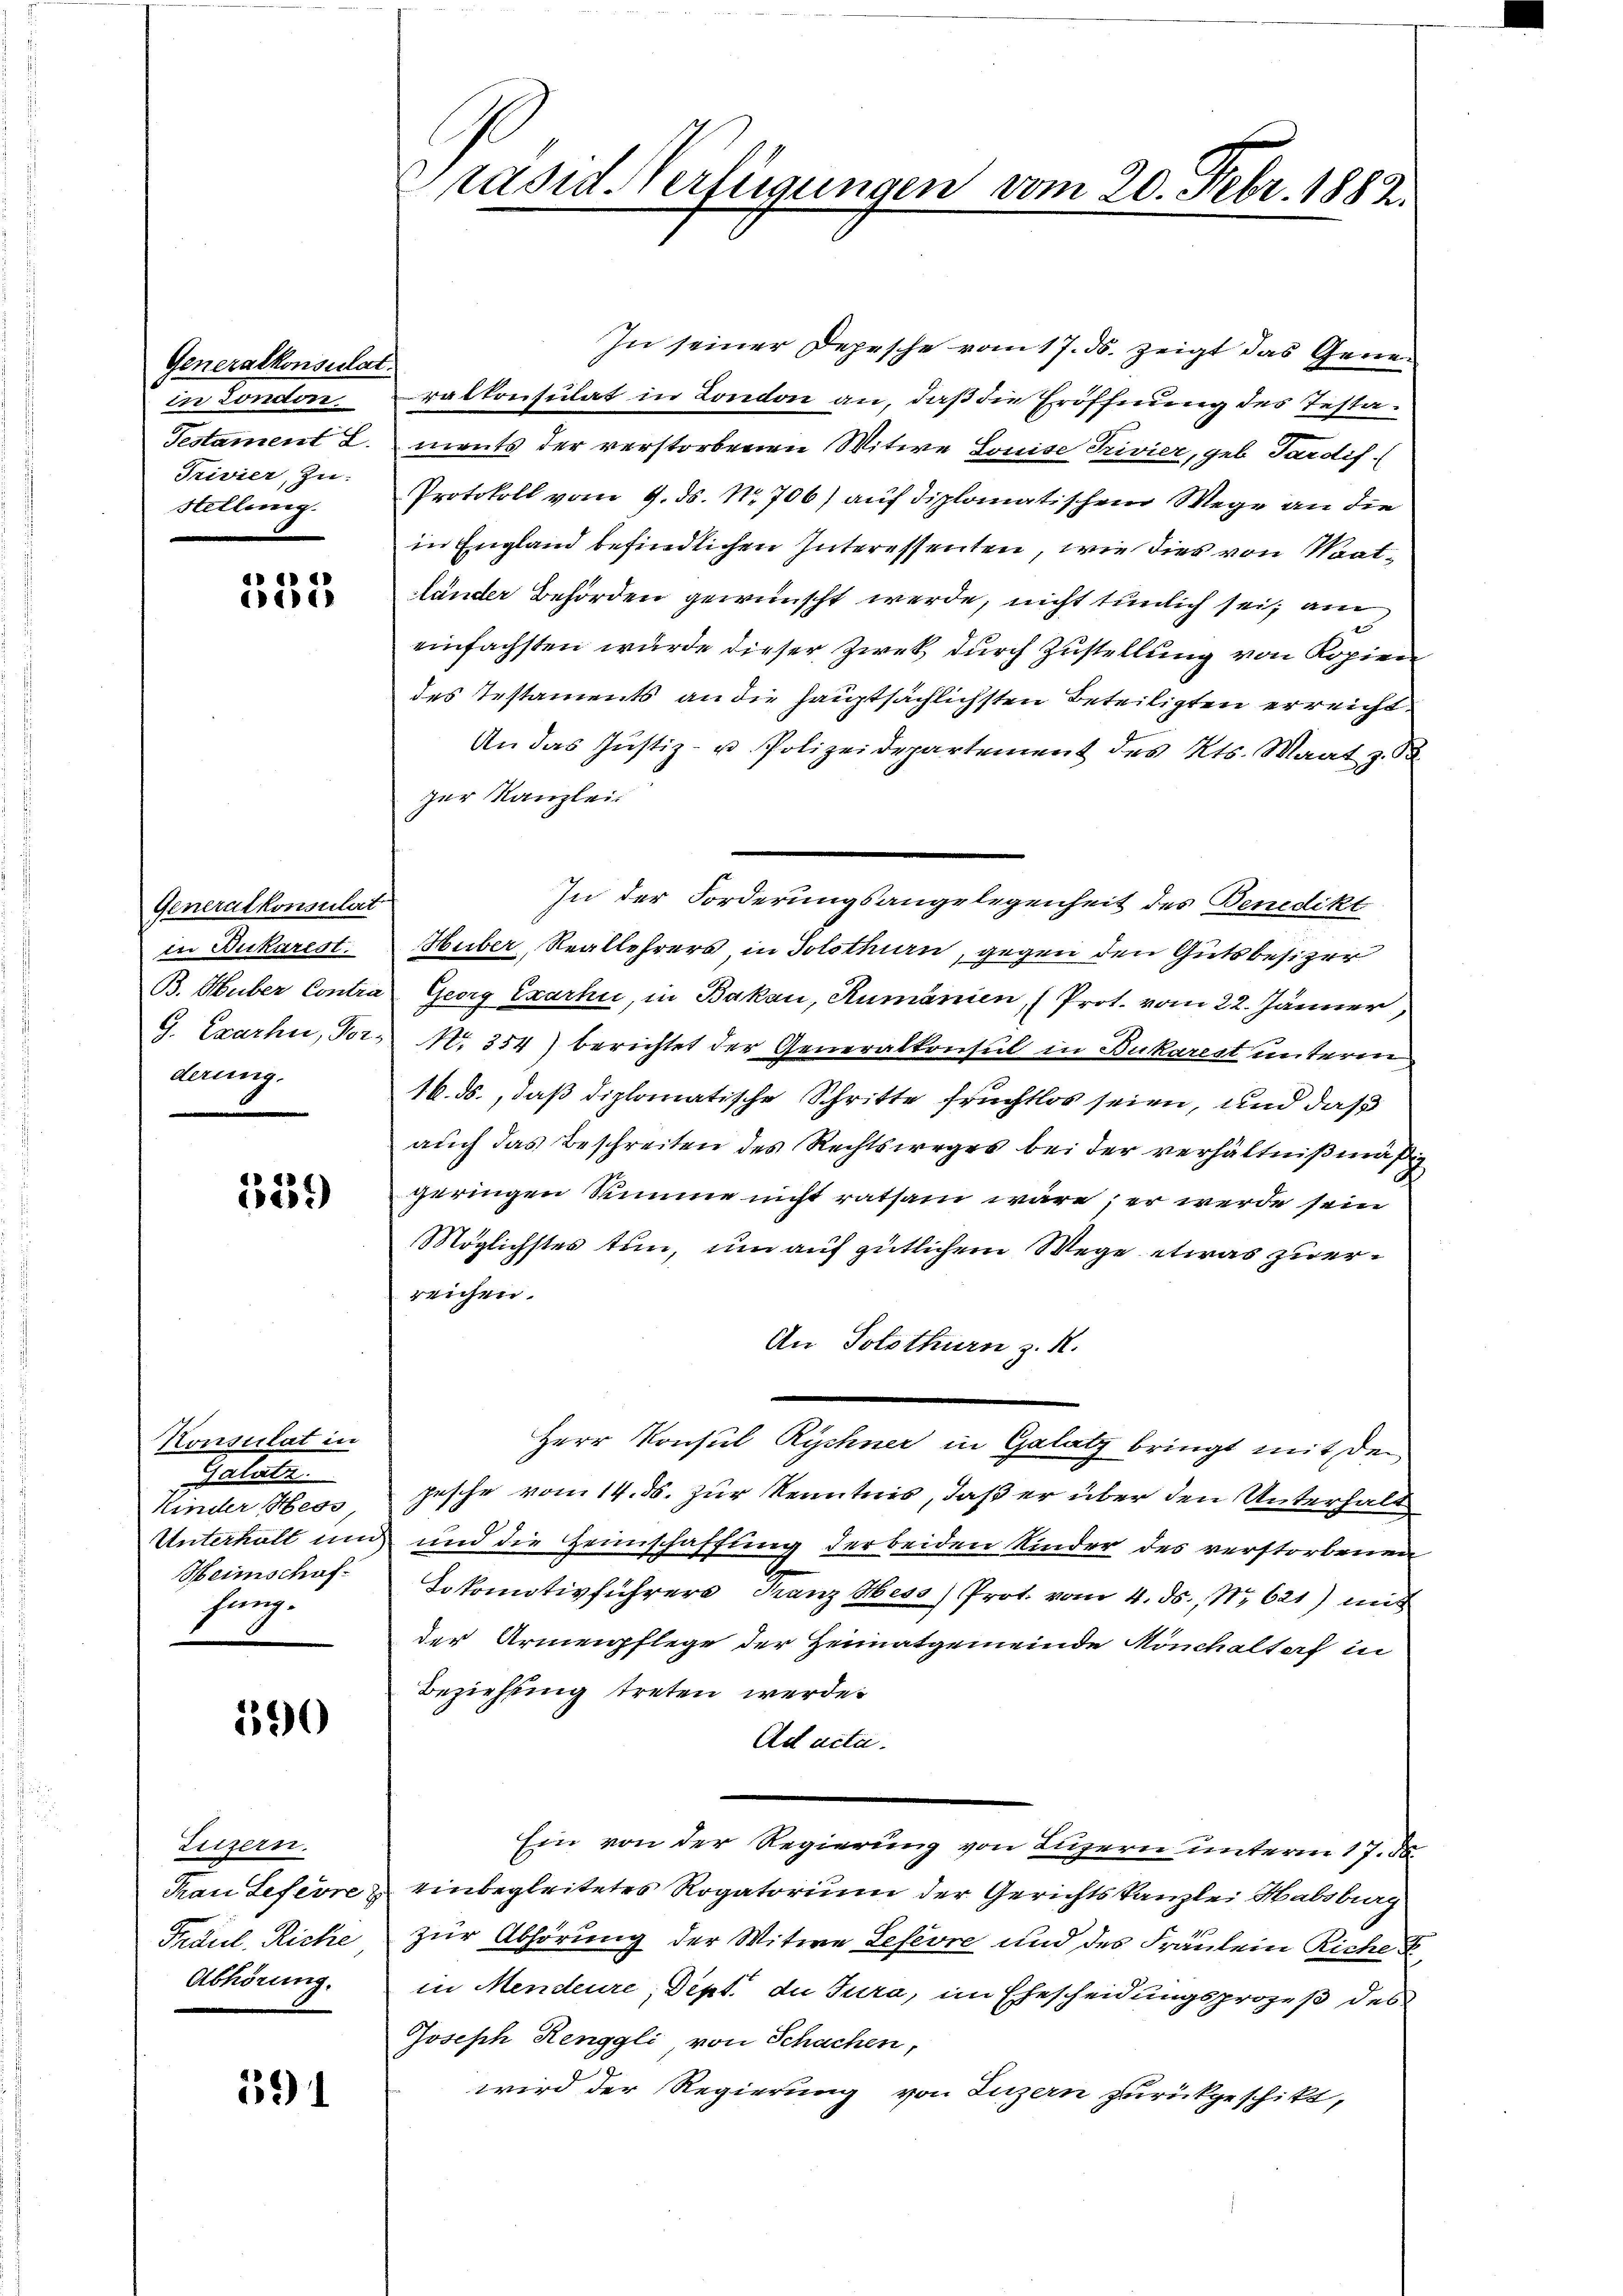
Generalkonsulat.
in London
Testament L.
Trivier, zu-
Stellung.

a ei
e

Generalkonsulat
in Bukarest.
B. Huber Contra
G. Exarhi, Vorderung.

63 f
42)

Konsulat in
Galatz.
Kinder Hess
Unterhalt und
Heimschaf
hang.

590

Luzern.
Frau Lefevre
Fräul. Riche
Abhörung.

591

Präsid. Verfügungen vom 20. Febr. 1882.

In seiner Depesche vom 17. ds. zeigt das Generatkonsulat in London an, daß die Eröffnung des Testaments der verstorbenen Mitwe Louise Trivier, geb. Pardif¬
Protokoll vom 9. ds. Nr. 706) auf diplomatischen Wege an die
in England befindlichen Interessenten, wie dies von Maatländer Behörden gewünscht werde, nicht tunlich sei, am
einfachsten wurde dieser Zweck durch Zustellung von Kopien
des Testaments an die hauptsächlichsten Beteiligten erreicht.
An das Justiz- u. Polizeidepartement des Kts. Maat z. B.
zur Kanzlei.
In der Forderungsangelegenheit des Benedikt
Huber, Reallehrers, in Solothurn, gegen den Gutsbesizer
Georg Exarhi, in Bakau, Rumänien, (Prot. vom 22. Jänner,
Nr. 354) berichtet der Generalkonsul in Dukaregt unterm
1k. ds., daß diplomatische Schritte fruchtlos seien, und daß
auch das Beschreiten des Rechtsweges bei der verhältnißmäßig
geringen Summe nicht ratsam wäre; er werde sein
Möglichstes tun, um auf gütlichem Wege etwas zuerreichen.
An Solothurn z. R.

Herr Konsul Rychner in Glatz bringt mit der
pesche vom 14. ds. zur Kenntnis, daß er über den Unterhalt
und die Heimschaffung der beiden Kinder des verstorbenen
Sospomotivführere Franz Hess) Prot. vom 4. ds., Nr. 621) und
der Armenpflege der Heimatgemeinde Mönchaltorf in
Beziehung treten werde.
Ad acta.
Ein von der Regierung von Luzern unterm 17. d.
einbegleitetes Rogatorium der Gerichtskanzlei Habsburg
zur Abhörung der Witwe Lefevre und des Fräulein Riche
in Mendeure, Dept. die Jura, im Ehescheidungsprozeß des
Joseph Renggli von Schachen,
wird der Regierung von Luzern zurückgeschikt,